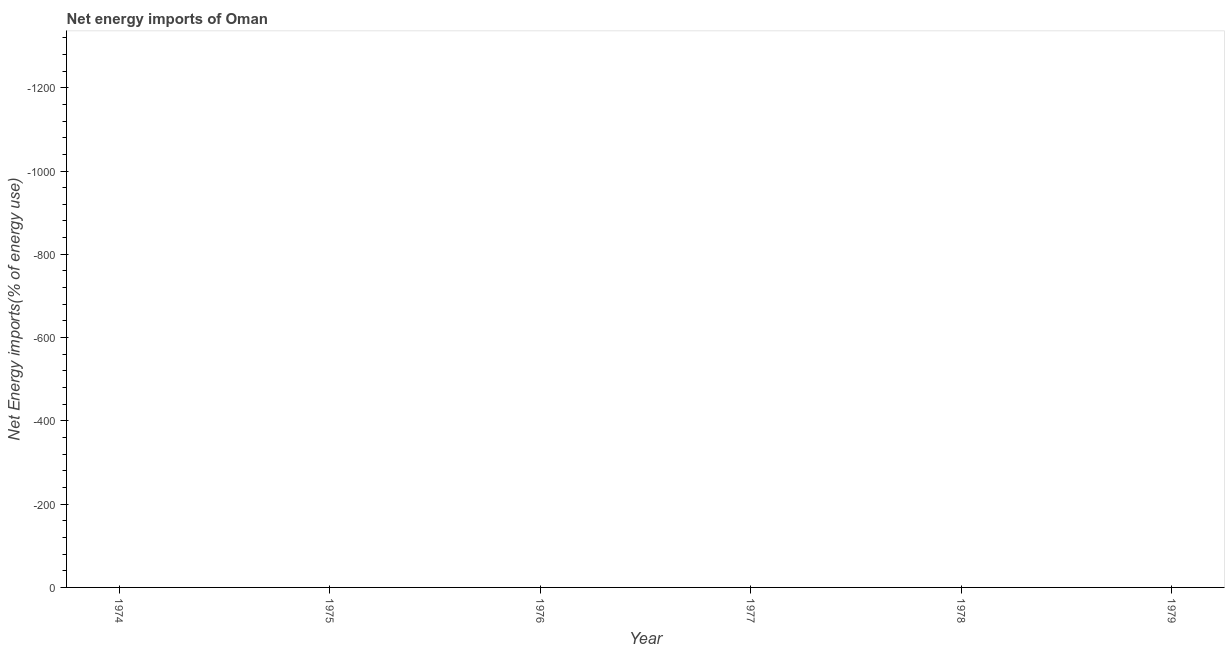
| Year | Energy imports |
 | --- | --- |
 | 1974 | -1e+04 |
 | 1975 | -7.33e+03 |
 | 1976 | -4.94e+03 |
 | 1977 | -2.27e+03 |
 | 1978 | -2.86e+03 |
 | 1979 | -1.75e+03 |